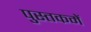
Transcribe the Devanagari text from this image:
पुस्‍तकमें